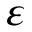
\varepsilon